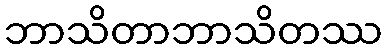
ဘာသိတာဘာသိတဿ